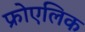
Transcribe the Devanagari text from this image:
फ्रोएलिक